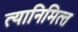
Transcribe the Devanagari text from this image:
त्‍यानिमित्‍त